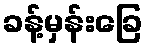
ခန့်မှန်းခြေ